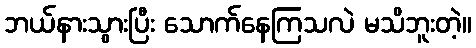
ဘယ်နားသွားပြီး သောက်နေကြသလဲ မသိဘူးတဲ့။